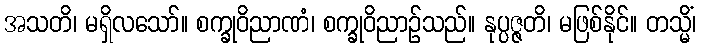
အသတိ၊ မရှိလသော်။ စက္ခုဝိညာဏံ၊ စက္ခုဝိညာဉ်သည်။ နုပ္ပဇ္ဇတိ၊ မဖြစ်နိုင်။ တသ္မိံ၊